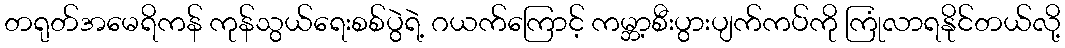
တရုတ်အမေရိကန် ကုန်သွယ်ရေးစစ်ပွဲရဲ့ ဂယက်ကြောင့် ကမ္ဘာ့စီးပွားပျက်ကပ်ကို ကြုံလာရနိုင်တယ်လို့